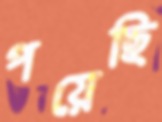
পয়েছি